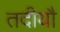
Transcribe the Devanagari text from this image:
तदीयौ